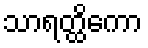
သာရတ္ထိကော